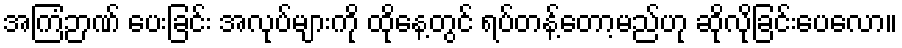
အကြံဉာဏ် ပေးခြင်း အလုပ်များကို ထိုနေ့တွင် ရပ်တန့်တော့မည်ဟု ဆိုလိုခြင်းပေလော။